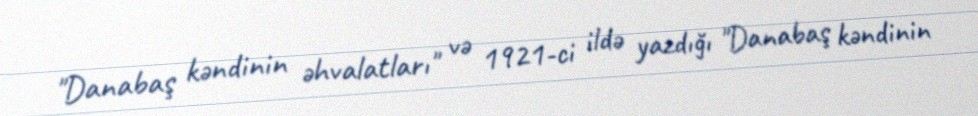
"Danabaş kəndinin əhvalatları" və 1921-ci ildə yazdığı "Danabaş kəndinin